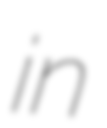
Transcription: in